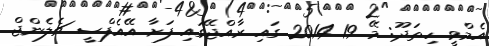
އެމްވީ ހިތަދޫ: މޭ 19 2014 ގައި ރާއްޖޭގައި ފަށާ އޭއެފްސީ ޗެލެންޖް